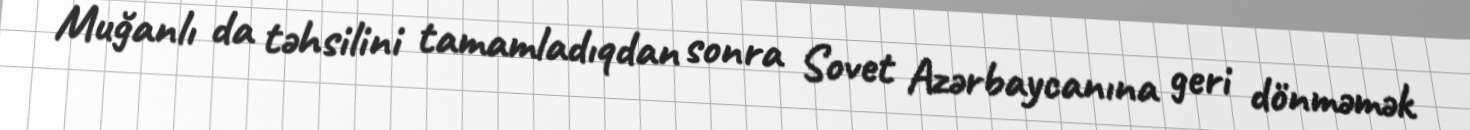
Muğanlı da təhsilini tamamladıqdan sonra Sovet Azərbaycanına geri dönməmək